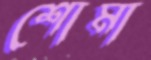
শোমা